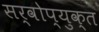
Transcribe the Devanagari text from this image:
सर्वोप्युक्त